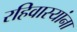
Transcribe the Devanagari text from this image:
रहिवास्यांना